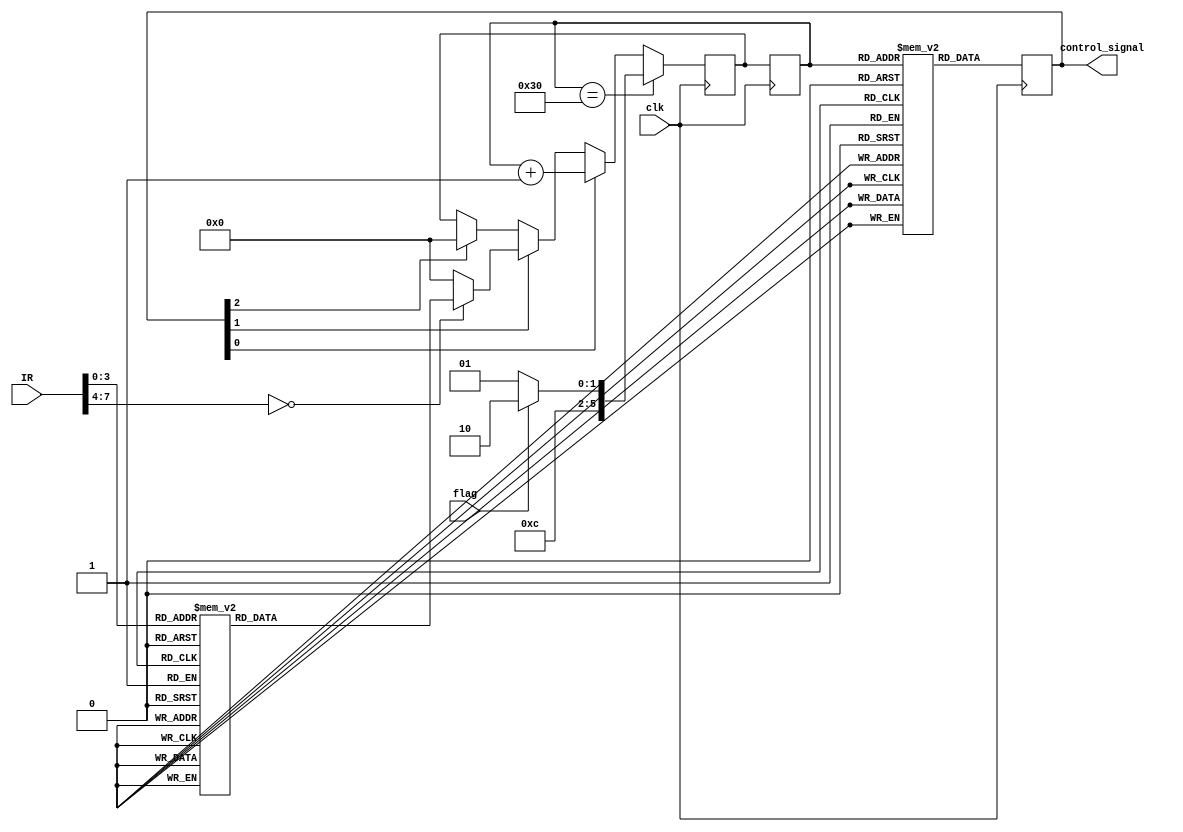
module control_unit (
    input clk,
    input [7:0]IR,
    input flag,
    output reg [31:0]control_signal
);
    reg [31:0]control_memory [55:0];
    reg [5:0] CAR;
    reg [5:0] CBR;
    initial begin
        control_signal <= 0;
        CAR <= 0;
        CBR <= 0;
        control_memory[0] <=32'b00000000000000000000000000001001;
        control_memory[1] <=32'b00000000000000000000000000010001;
        control_memory[2] <=32'b00000000001000000000000000000010;
        control_memory[3] <=32'b00000000000000000000000001100001;
        control_memory[4] <=32'b00000000000000000000000000001001;
        control_memory[5] <=32'b00000000000000000000000110000001;
        control_memory[6] <=32'b00000000000000000000001000000001;
        control_memory[7] <=32'b00000000000000000000010000000100;
        control_memory[8] <=32'b00000000000000000000000001100001;
        control_memory[9] <=32'b00000000000010000000000000000001;
        control_memory[10] <=32'b00000000000000000000000000001001;
        control_memory[11] <=32'b00000000000000000000010000000100;
        control_memory[12] <=32'b00000000000000000000000001100001;
        control_memory[13] <=32'b00000000000000000000000000001001;
        control_memory[14] <=32'b00000000000000000000000010000001;
        control_memory[15] <=32'b00000000000000000000001000000001;
        control_memory[16] <=32'b00000000000000000000010000000100;
        control_memory[17] <=32'b00000000000000000000000001100001;
        control_memory[18] <=32'b00000000000000000000000000001001;
        control_memory[19] <=32'b00000000000000000000000010000001;
        control_memory[20] <=32'b00000000000000000000100000000001;
        control_memory[21] <=32'b00000000000000000000010000000100;
        control_memory[22] <=32'b00000000000000000000000001100001;
        control_memory[23] <=32'b00000000000000000000000000001001;
        control_memory[24] <=32'b00000000000000000000000010000001;
        control_memory[25] <=32'b00000000000000000001000000000001;
        control_memory[26] <=32'b00000000000000000000010000000100;
        control_memory[27] <=32'b00000000000000000000000001100001;
        control_memory[28] <=32'b00000000000000000000000000001001;
        control_memory[29] <=32'b00000000000000000000000010000001;
        control_memory[30] <=32'b00000000000000000010000000000001;
        control_memory[31] <=32'b00000000000000000000010000000100;
        control_memory[32] <=32'b00000000000000000000000001000001;
        control_memory[33] <=32'b00000000000000000100000000000001;
        control_memory[34] <=32'b00000000000000000000010000000100;
        control_memory[35] <=32'b00000000000000000000000001000001;
        control_memory[36] <=32'b00000000000000001000000000000001;
        control_memory[37] <=32'b00000000000000000000010000000100;
        control_memory[38] <=32'b00000000000000000000000001000001;
        control_memory[39] <=32'b00000000000000010000000000000001;
        control_memory[40] <=32'b00000000000000000000010000000100;
        control_memory[41] <=32'b00000000000000000000000001100001;
        control_memory[42] <=32'b00000000000000000000000000001001;
        control_memory[43] <=32'b00000000000000000000000010000001;
        control_memory[44] <=32'b00000000010000000000000000000001;
        control_memory[45] <=32'b00000000000000000000010000000100;
        control_memory[46] <=32'b00000000000000000000000001100001;
        control_memory[47] <=32'b00000000000000000000010000000100;
        control_memory[48] <=32'b00000000000000000000000001100001;
    end
    always @(posedge clk) begin
        /*
        1. CARcontrol_memorycontrol_signal
        2. control_signalflagCARCBR
        3. CAR <= CBR   
        */
        CAR <= CBR;
        control_signal <= control_memory[CAR];
        if(CAR == 48)begin
            if(flag == 1)begin
                CBR <= 50;
            end
            else begin
                CBR <= 49;
            end
        end
        else begin
                if(control_signal[0] == 1)begin
                    CBR <= CAR +1;
                end
                else if(control_signal[1] == 1)begin
                    case (IR)
                        8'b0000_0001:  CBR<=8;//STORE
                        8'b0000_0010:  CBR<=3;//LOAD
                        8'b0000_0011:  CBR<=12;//ADD
                        8'b0000_0100:  CBR<=17;//SUB
                        8'b0000_0101:  CBR<=48;//JMPGEZ
                        8'b0000_0110:  CBR<=46;//JMP
                        8'b0000_0111:  CBR<=56;//HALT
                        8'b0000_1000:  CBR<=43;// MPY
                        8'b0000_1001:  CBR<=53;// DIV
                        8'b0000_1010:  CBR<=24;// AND
                        8'b0000_1011:  CBR<=29;// OR
                        8'b0000_1100:  CBR<=34;// NOT
                        8'b0000_1101:  CBR<=37;// SHL
                        8'b0000_1110:  CBR<=40;// SHR
                        default: CBR<=0;
                    endcase
                end
                else if(control_signal[2] == 1)begin
                    CBR <= 0;
                end
            end
        
    end
    
    
endmodule